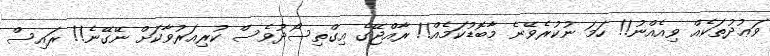
ވަޢުދުތަކެއް ވިއެއްނު!! ހަމަ ނުކުރެވޭނެ މާބޮޑުކަމެއް!! ރާއްޖޭގެ އިގްތިސޯދުވެސް ކުރިއަރުވާކަށް ނޭގޭނެ!! ރައިސް